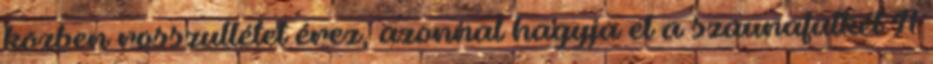
közben rosszullétet érez, azonnal hagyja el a szaunafülkét A